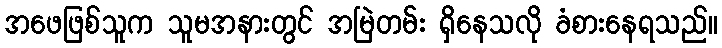
အဖေဖြစ်သူက သူမအနားတွင် အမြဲတမ်း ရှိနေသလို ခံစားနေရသည်။